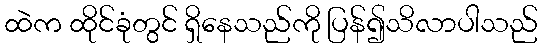
ထဲက ထိုင်ခုံတွင် ရှိနေသည်ကို ပြန်၍သိလာပါသည်